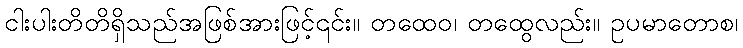
ငါးပါးတိတိရှိသည်အဖြစ်အားဖြင့်၎င်း။ တထေဝ၊ တထွေလည်း။ ဥပမာတောစ၊